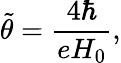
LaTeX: {\tilde{\theta}}=\frac{4\hbar}{eH_{0}},